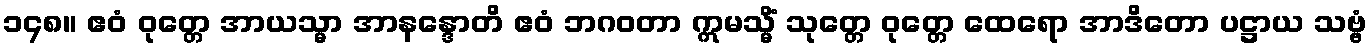
၁၄၈။ ဧဝံ ဝုတ္တေ အာယသ္မာ အာနန္ဒောတိ ဧဝံ ဘဂဝတာ ဣမသ္မိံ သုတ္တေ ဝုတ္တေ ထေရော အာဒိတော ပဋ္ဌာယ သဗ္ဗံ